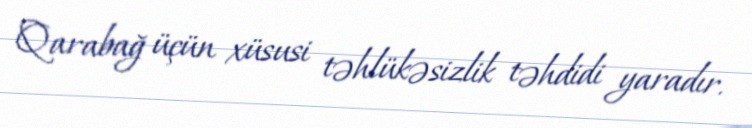
Qarabağ üçün xüsusi təhlükəsizlik təhdidi yaradır.